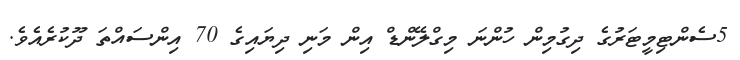
5ސެންޓިމީޓަރުގެ ދިގުމިން ހުންނަ މިގްލޭންޑް އިން މަނި ދިޔައިގެ 70 އިންސައްތަ ދޫކުރެއެވެ.